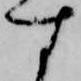
す